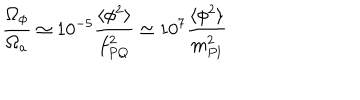
\frac { \Omega _ { \phi } } { \Omega _ { a } } \simeq 1 0 ^ { - 5 } \frac { \langle \phi ^ { 2 } \rangle } { f _ { P Q } ^ { 2 } } \simeq 1 0 ^ { 7 } \frac { \langle \phi ^ { 2 } \rangle } { m _ { P l } ^ { 2 } }